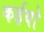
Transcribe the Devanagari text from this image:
कईयो